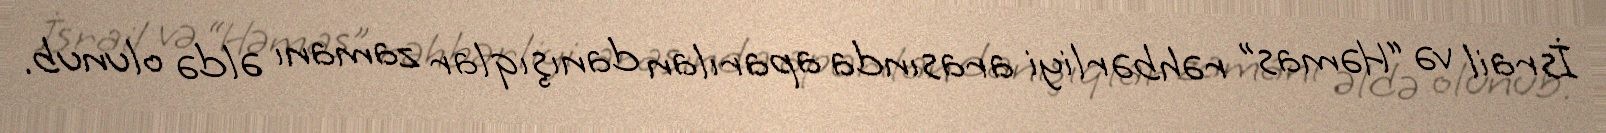
İsrail və “Həmas” rəhbərliyi arasında aparılan danışıqlar zamanı əldə olunub.